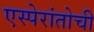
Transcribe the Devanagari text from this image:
एस्पेरांतोची